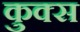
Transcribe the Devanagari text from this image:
कुक्स